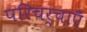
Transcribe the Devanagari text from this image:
परिचर्चाएँ